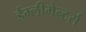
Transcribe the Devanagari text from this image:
ईम्लीमेन्टर्स